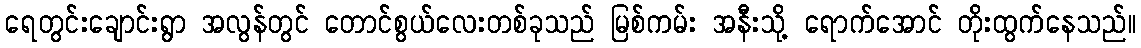
ရေတွင်းချောင်းရွာ အလွန်တွင် တောင်စွယ်လေးတစ်ခုသည် မြစ်ကမ်း အနီးသို့ ရောက်အောင် တိုးထွက်နေသည်။